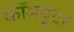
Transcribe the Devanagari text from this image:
कॉमयूटर